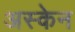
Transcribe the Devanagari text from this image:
अस्केन